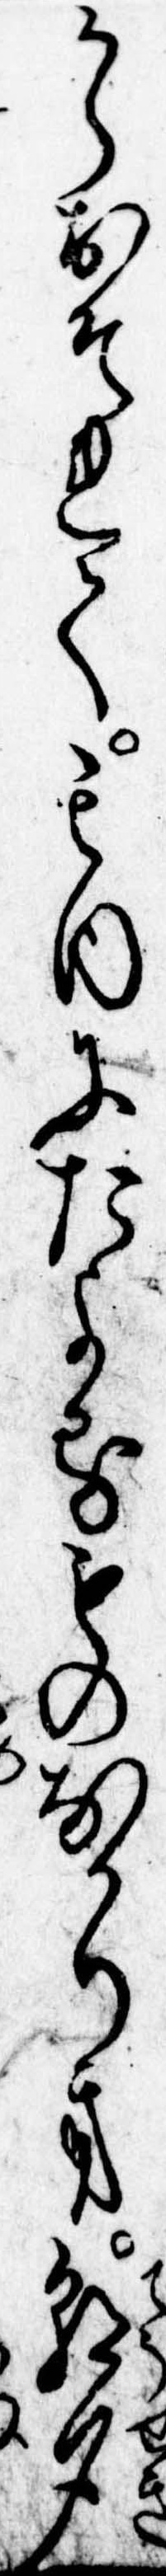
からおそれて其内にたよるものなかりき朝夕